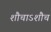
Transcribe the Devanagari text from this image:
शौचाऽशौच